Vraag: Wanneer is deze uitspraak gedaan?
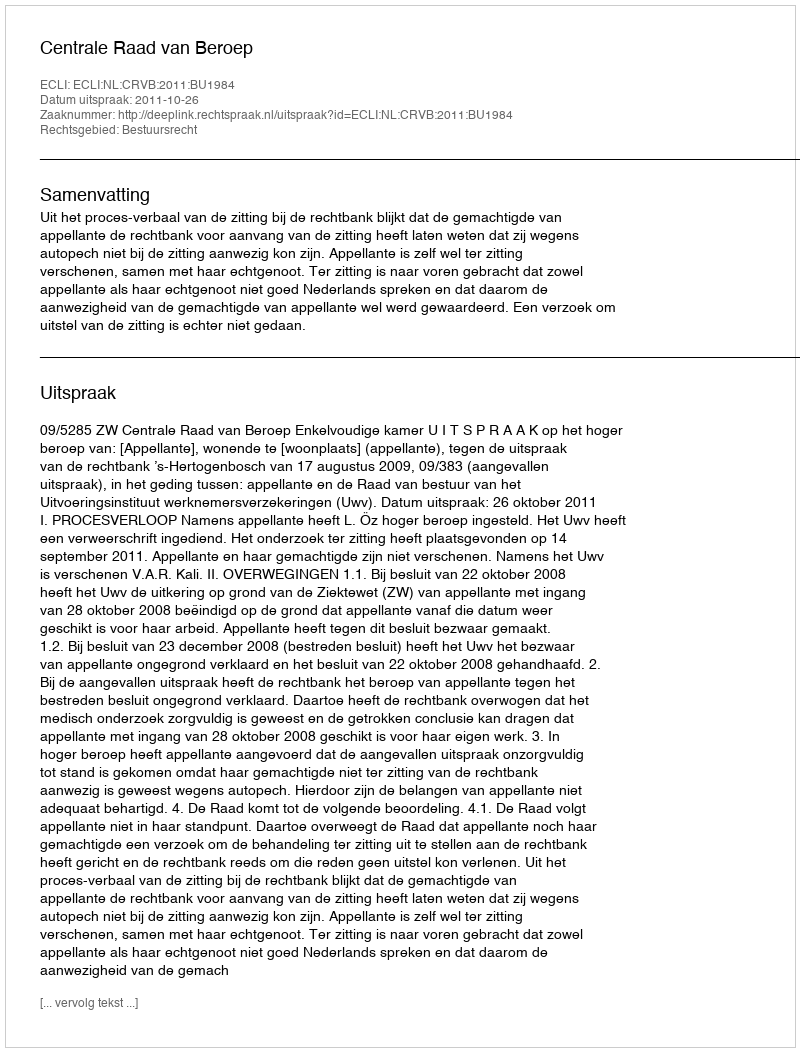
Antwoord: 2011-10-26